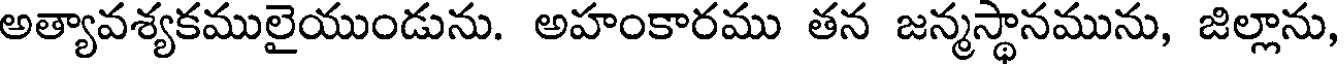
అత్యావశ్యకములైయుండును. అహంకారము తన జన్మస్థానమును, జిల్లాను,